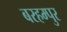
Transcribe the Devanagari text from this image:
बरहम्पुर